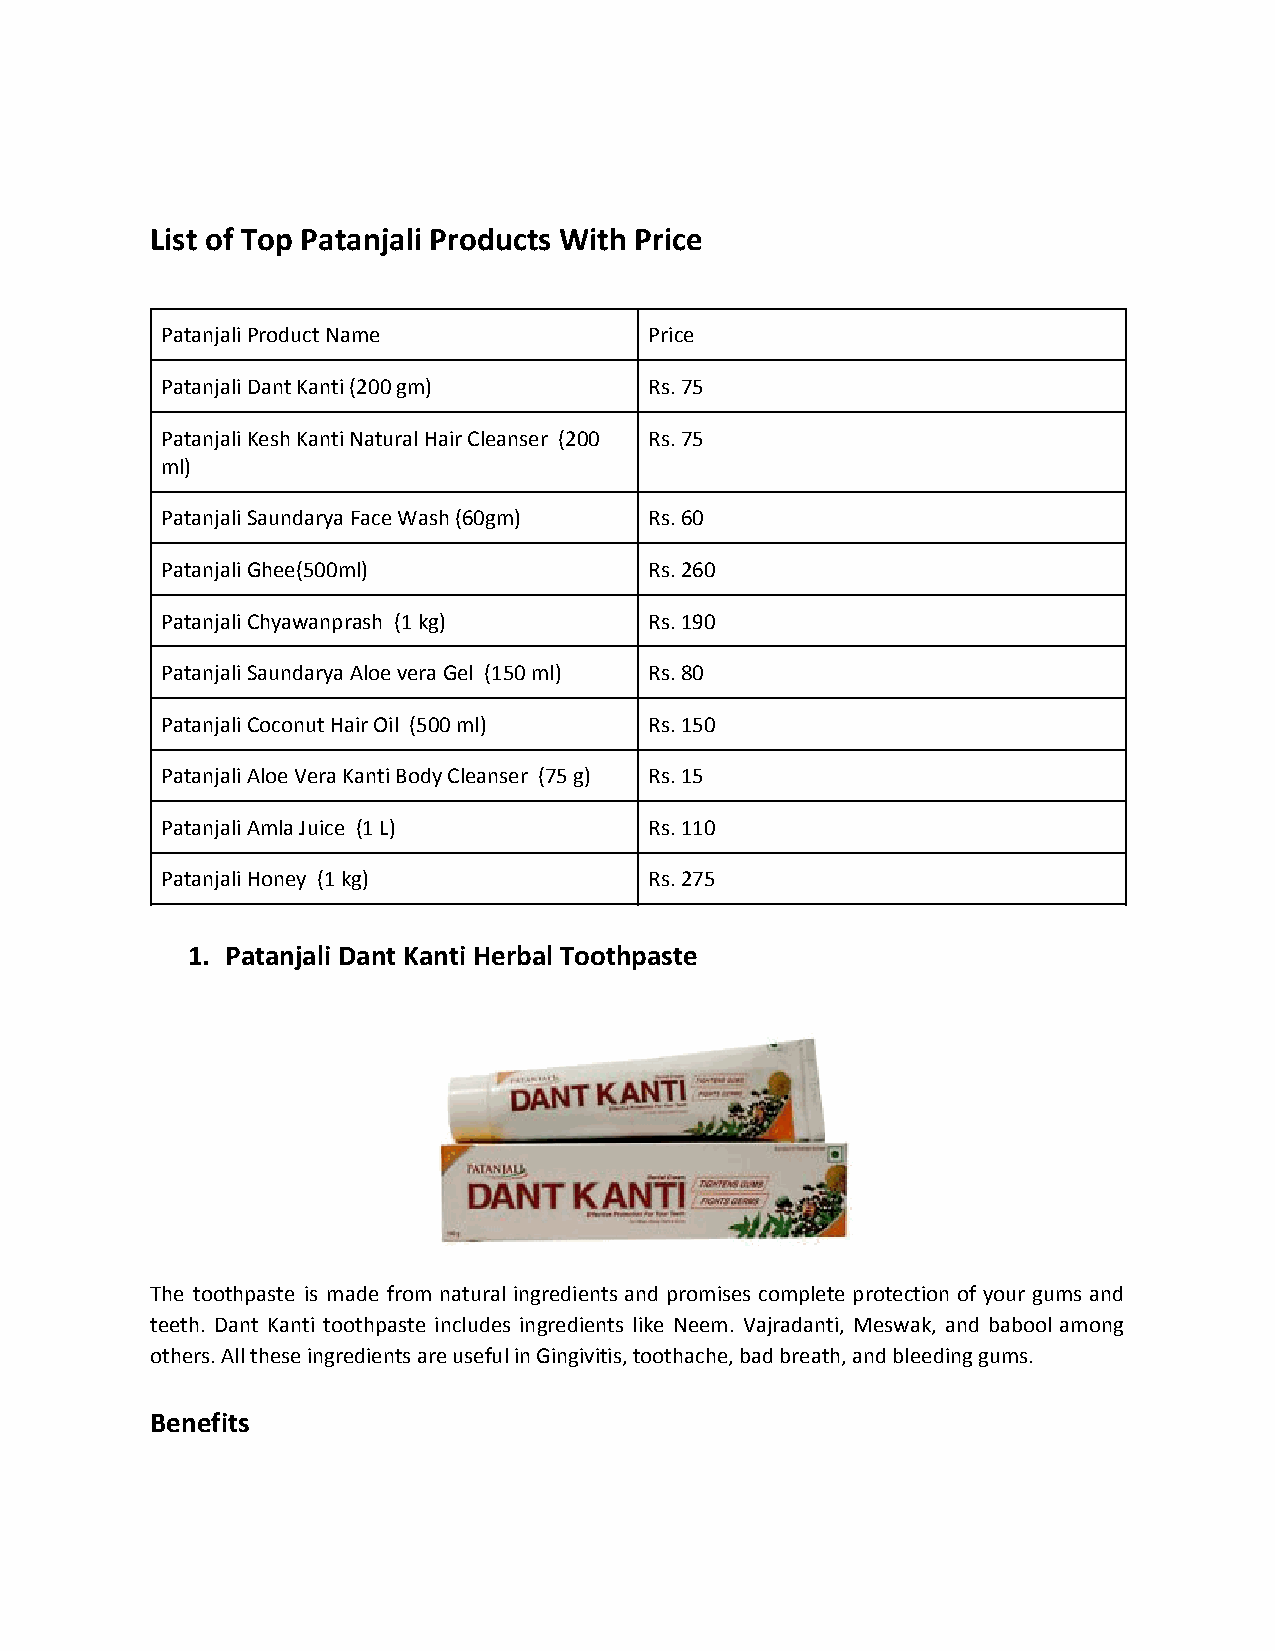
List of Top Patanjali Products With Price
 Patanjali Product Name          Price
 Patanjali Dant Kanti (200 gm)   Rs. 75
 Patanjali Kesh Kanti Natural Hair Cleanser (200 Rs. 75
 ml)
 Patanjali Saundarya Face Wash (60gm) Rs. 60
 Patanjali Ghee(500ml)           Rs. 260
 Patanjali Chyawanprash (1 kg)   Rs. 190
 Patanjali Saundarya Aloe vera Gel (150 ml) Rs. 80
 Patanjali Coconut Hair Oil (500 ml) Rs. 150
 Patanjali Aloe Vera Kanti Body Cleanser (75 g) Rs. 15
 Patanjali Amla Juice (1 L)      Rs. 110
 Patanjali Honey (1 kg)          Rs. 275
 1. Patanjali Dant Kanti Herbal Toothpaste
 The toothpaste is made from natural ingredients and promises complete protection of your gums and
 teeth. Dant Kanti toothpaste includes ingredients like Neem. Vajradanti, Meswak, and babool among
 others. All these ingredients are useful in Gingivitis, toothache, bad breath, and bleeding gums.
 Benefits